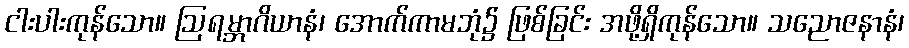
ငါးပါးကုန်သော။ ဩရမ္ဘာဂိယာနံ၊ အောက်ကာမဘုံ၌ ဖြစ်ခြင်း အဖို့ရှိကုန်သော။ သညောဇနာနံ၊